Bombay plague: being a history of the progress of plague in the Bombay presidency from September 1896 to June 1899
Year: 1896
Disease focus: Plague
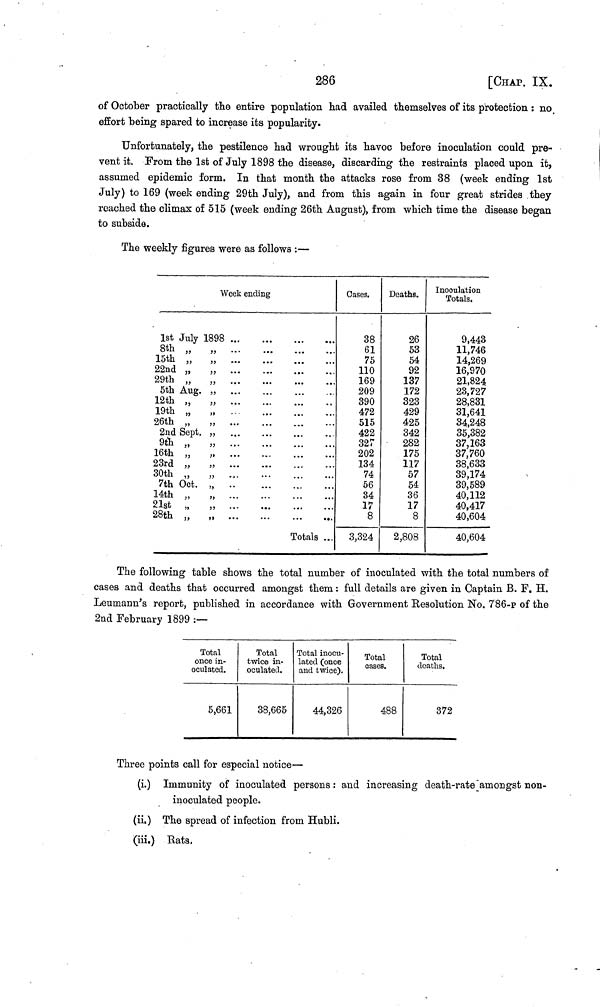
286
[CHAP. IX.
of October practically the entire population had availed themselves of its protection : no,
effort being spared to increase its popularity.
Unfortunately, the pestilence had wrought its havoc before inoculation could pre-
vent it. From the 1st of July 1898 the disease, discarding the restraints placed upon it,
assumed epidemic form. In that month the attacks rose from 38 (week ending 1st
July) to 169 (week ending 29th July), and from this again in four great strides they
reached the climax of 515 (week ending 26th August), from which time the disease began
to subside.
The weekly figures were as follows :—
W
1st July 1898
8th „
„
15th „
„
22nd „ ,,
29th „
„
5th Aug. „
12th „ ,,
19th „ ,,
26th „
,,
2nd Sept. ,,
9th „ ,,
16th „ ,,
23rd „ ,,
30th „ ,,
7th Oct. „
14th „
„
21st ,,
28th „
„
eek endi
...
ng
...
...
Totals
...
...
Oases.
38
61
75
110
169
209
390
472
515
422
327
202
134
74
56
34
17
8
3,324
Deaths.
26
53
54
92
137
172
323
429
425
342
282
175
117
57
54
36
17
8
2,808
Inooulation
Total,
9,443
11,746
14,269
16,970
21,824
23,727
28,831
31,641
34,248
35,382
37,163
37,760
38,633
39,174
39,589
40,112
40,417
40,604
40,604
The following table shows the total number of inoculated with the total numbers of
cases and deaths that occurred amongst them : full details are given in Captain B. F. H.
Leumann's report, published in accordance with Government Resolution No. 786-p of the
2nd February 1899 :—
Total
once in-
oculated.
5,661
Total
twice in-
oculated.
38,665
Total inocu-
lated (once
and twice).
44,326
Total
cases.
488
Total
deaths.
372
Three points call for especial notice—
(i.) Immunity of inoculated persons : and increasing death-rate amongst non-
inoculated people.
(ii.) The spread of infection from Hubli.
(iii.) Rats.